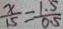
\frac { x } { 1 5 } = \frac { 1 . 5 } { 0 . 5 }